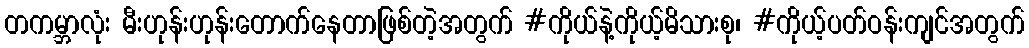
တကမ္ဘာလုံး မီးဟုန်းဟုန်းတောက်နေတာဖြစ်တဲ့အတွက် #ကိုယ်နဲ့ကိုယ့်မိသားစု၊ #ကိုယ့်ပတ်ဝန်းကျင်အတွက်